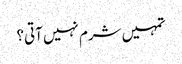
تمہیں شرم نہیں آتی؟